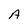
Character: A